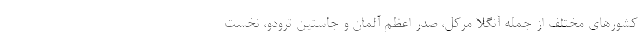
کشورهای مختلف از جمله آنگلا مرکل، صدر اعظم آلمان و جاستین ترودو، نخست